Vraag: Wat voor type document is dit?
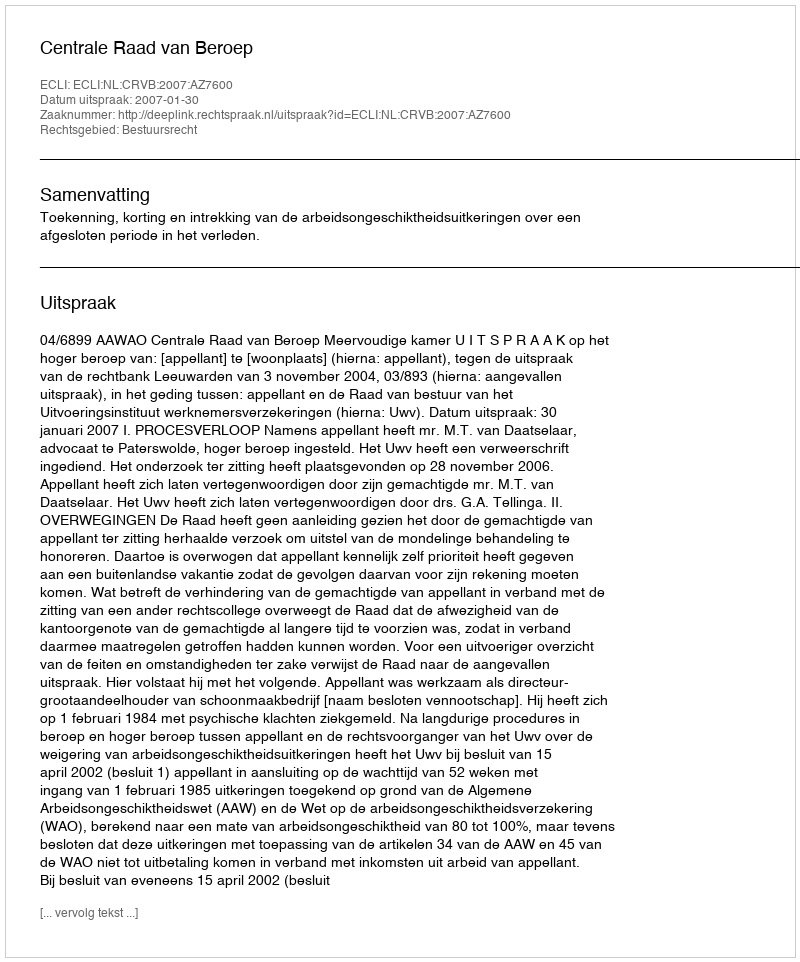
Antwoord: Uitspraak